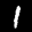
Label: 1